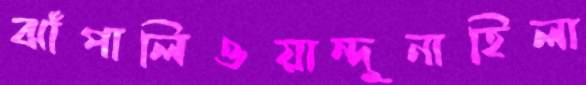
ঝাঁপালিওয়ান্দুনাহিলা